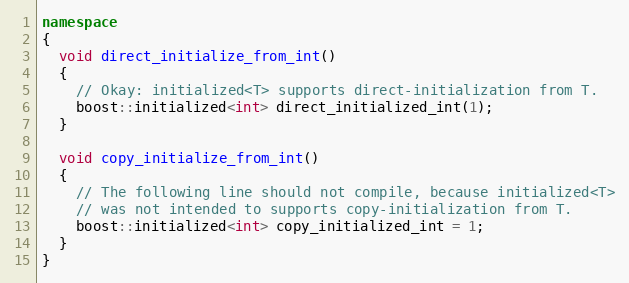
Language: C++
namespace
{
  void direct_initialize_from_int()
  {
    // Okay: initialized<T> supports direct-initialization from T.
    boost::initialized<int> direct_initialized_int(1);
  }

  void copy_initialize_from_int()
  {
    // The following line should not compile, because initialized<T>
    // was not intended to supports copy-initialization from T.
    boost::initialized<int> copy_initialized_int = 1;
  }
}